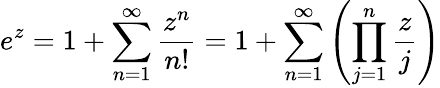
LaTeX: e^{z}=1+\sum_{n=1}^{\infty}{\frac{z^{n}}{n!}}=1+\sum_{n=1}^{\infty}\left(\prod_{j=1}^{n}{\frac{z}{j}}\right)